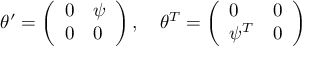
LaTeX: \theta ^ { \prime } = \left( \begin{array} { l l } { { 0 } } & { { \psi } } \\ { { 0 } } & { { 0 } } \end{array} \right) , \quad \theta ^ { T } = \left( \begin{array} { l l } { { 0 } } & { { 0 } } \\ { { \psi ^ { T } } } & { { 0 } } \end{array} \right)